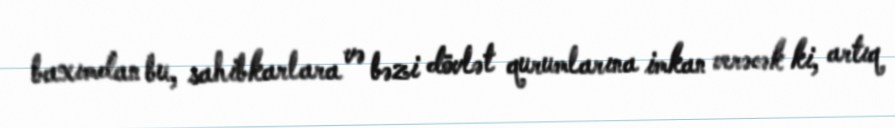
baxımdan bu, sahibkarlara və bəzi dövlət qurumlarına imkan verəcək ki, artıq